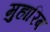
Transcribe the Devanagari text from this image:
मुहारिब